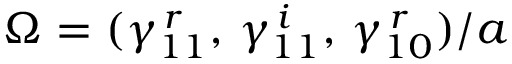
{ \boldsymbol \Omega } = ( \gamma _ { 1 1 } ^ { \, r } , \, \gamma _ { 1 1 } ^ { \, i } , \, \gamma _ { 1 0 } ^ { \, r } ) / a